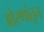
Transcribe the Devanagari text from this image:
ओरणांतून